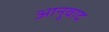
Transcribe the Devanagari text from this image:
आनुवाद